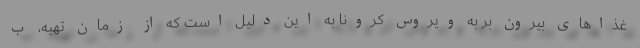
غذاهای بیرون بر به ویروس کرونا به این دلیل است که از زمان تهیه، ب